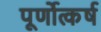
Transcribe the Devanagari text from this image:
पूर्णोत्कर्ष